Indian journal of veterinary science and animal husbandry - Volume 5,
Year: 1935
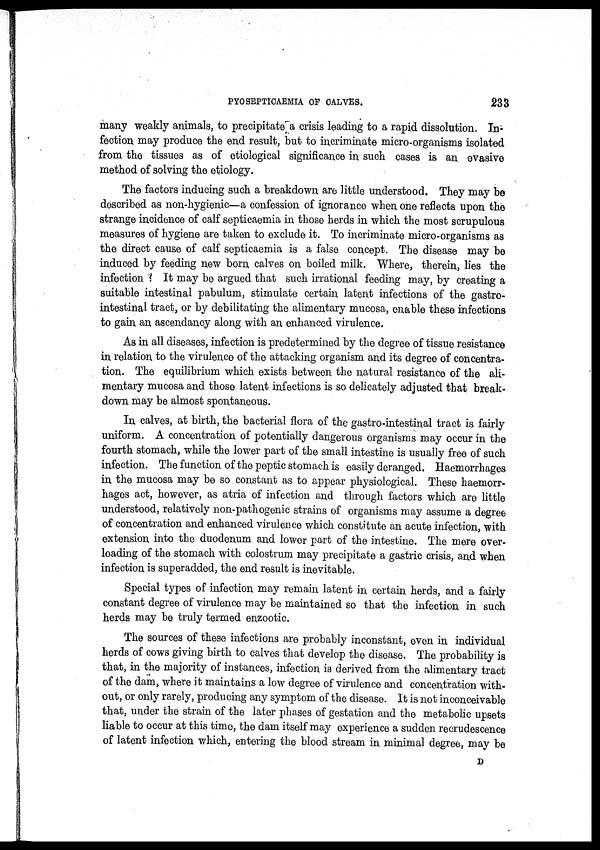
PYOSEPTICAEMIA OF CALVES.
233
many weakly animals, to precipitate a crisis leading to a rapid dissolution. In-
fection may produce the end result, but to incriminate micro-organisms isolated
from the tissues as of etiological significance in such cases is an evasive
method of solving the etiology.
The factors inducing such a breakdown are little understood. They may be
described as non-hygienic—a confession of ignorance when one reflects upon the
strange incidence of calf septicaemia in those herds in which the most scrupulous
measures of hygiene are taken to exclude it. To incriminate micro-organisms as
the direct cause of calf septicaemia is a false concept. The disease may be
induced by feeding new born calves on boiled milk. Where, therein, lies the
infection ? It may be argued that such irrational feeding may, by creating a
suitable intestinal pabulum, stimulate certain latent infections of the gastro-
intestinal tract, or by debilitating the alimentary mucosa, enable these infections
to gain an ascendancy along with an enhanced virulence.
As in all diseases, infection is predetermined by the degree of tissue resistance
in relation to the virulence of the attacking organism and its degree of concentra-
tion. The equilibrium which exists between the natural resistance of the ali-
mentary mucosa and those latent infections is so delicately adjusted that break-
down may be almost spontaneous.
In calves, at birth, the bacterial flora of the gastro-intestinal tract is fairly
uniform. A concentration of potentially dangerous organisms may occur in the
fourth stomach, while the lower part of the small intestine is usually free of such
infection. The function of the peptic stomach is easily deranged. Haemorrhages
in the mucosa may be so constant as to appear physiological. These haemorr-
hages act, however, as atria of infection and through factors which are little
understood, relatively non-pathogenic strains of organisms may assume a degree
of concentration and enhanced virulence which constitute an acute infection, with
extension into the duodenum and lower part of the intestine. The mere over-
loading of the stomach with colostrum may precipitate a gastric crisis, and when
infection is superadded, the end result is inevitable.
Special types of infection may remain latent in certain herds, and a fairly
constant degree of virulence may be maintained so that the infection in such
herds may be truly termed enzootic.
The sources of these infections are probably inconstant, even in individual
herds of cows giving birth to calves that develop the disease. The probability is
that, in the majority of instances, infection is derived from the alimentary tract
of the dam, where it maintains a low degree of virulence and concentration with-
out, or only rarely, producing any symptom of the disease. It is not inconceivable
that, under the strain of the later phases of gestation and the metabolic upsets
liable to occur at this time, the dam itself may experience a sudden recrudescence
of latent infection which, entering the blood stream in minimal degree, may be
D